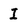
Character: I